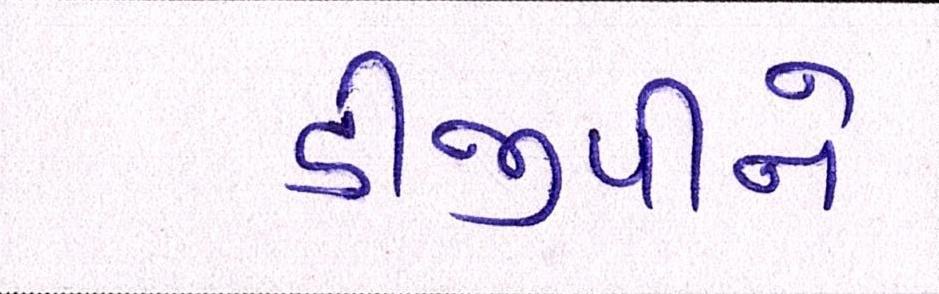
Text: ડીજીપીને